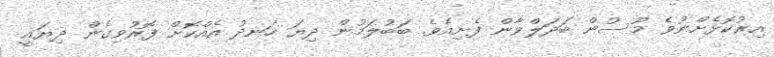
އިރުކޮޅެށްނުވެ މޫސުން ބަދަލްވާން ފެށިއެވެ. ބަބުލަމުން ދިޔަ ހަނދު އެއްކޮށް ފޮރުވިގެން ދިޔައީ